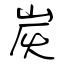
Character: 炭